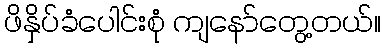
ဖိနှိပ်ခံပေါင်းစုံ ကျနော်တွေ့တယ်။